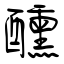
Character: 醺